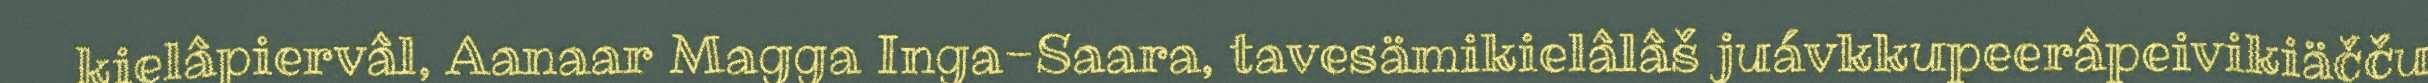
kielâpiervâl, Aanaar Magga Inga-Saara, tavesämikielâlâš juávkkupeerâpeivikiäčču